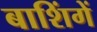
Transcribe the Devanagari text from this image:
बाशिंगें